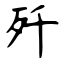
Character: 歼